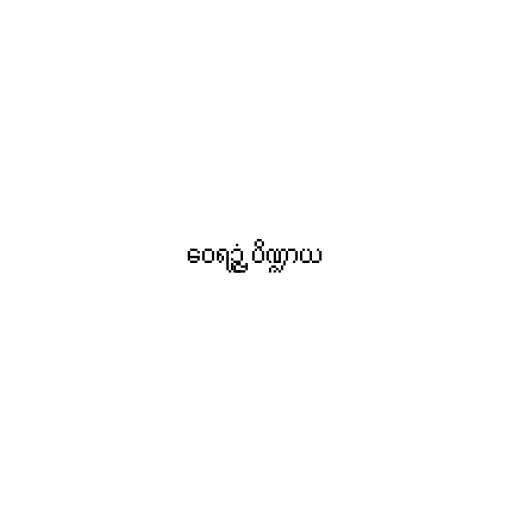
ဝေရဉ္ဇံ ပိဏ္ဍာယ